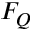
F _ { Q }